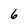
Character: 6